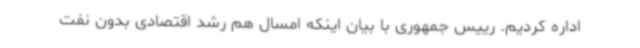
اداره کردیم. رییس جمهوری با بیان اینکه امسال هم رشد اقتصادی بدون نفت